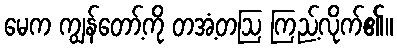
မေက ကျွန်တော့်ကို တအံ့တဩ ကြည့်လိုက်၏။